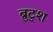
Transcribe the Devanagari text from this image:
ब्रुटुश